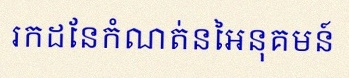
រកដែនកំណត់នៃអនុគមន៍